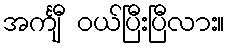
အင်္ကျီ ဝယ်ပြီးပြီလား။